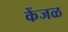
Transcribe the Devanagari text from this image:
केंजळ